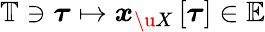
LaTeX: \mathbb{T}\ni\boldsymbol{\tau}\mapsto\boldsymbol{x}_{\u{X}}\left[\boldsymbol{\tau}\right]\in\mathbb{E}